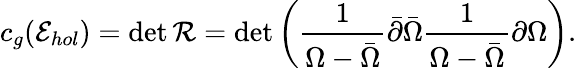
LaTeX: c_{g}({\cal E}_{hol})=\operatorname*{det}{\cal R}=\operatorname*{det}\left({\frac{1}{\Omega-\bar{\Omega}}}\bar{\partial}\bar{\Omega}{\frac{1}{\Omega-\bar{\Omega}}}\partial\Omega\right).